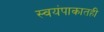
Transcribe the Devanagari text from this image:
स्वयंपाकातही